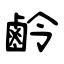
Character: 鹷